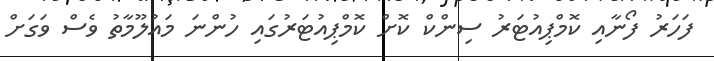
ފަހަރު ފޯނާއި ކޮމްޕިއުޓަރު ސިންކް ކޮށް ކޮމްޕިއުޓަރުގައި ހުންނަ މައުލޫމާތު ވެސް ވަގަށް